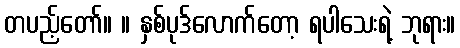
တပည့်တော်။ ။ နှစ်ပုဒ်လောက်တော့ ရပါသေးရဲ့ ဘုရား။